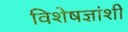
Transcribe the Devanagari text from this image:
विशेषज्ञांशी